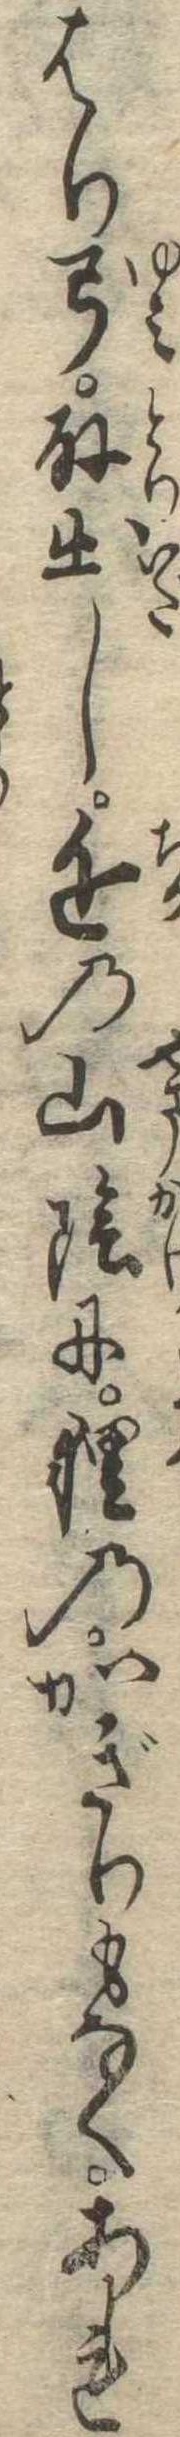
はり弓取出し近の山陰に狸のかぎりもなくあれ